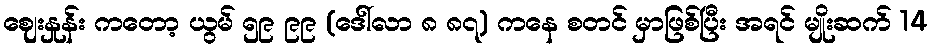
ဈေးနှုန်း ကတော့ ယွမ် ၅၉ ၉၉ (ဒေါ်လာ ၈ ၈၇) ကနေ စတင် မှာဖြစ်ပြီး အရင် မျိုးဆက် 14